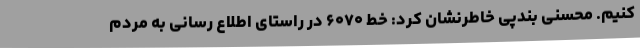
کنیم. محسنی بندپی خاطرنشان کرد: خط ۶۰۷۰ در راستای اطلاع رسانی به مردم